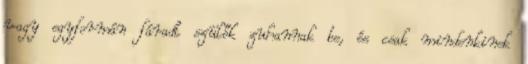
vagy egyformán fáradt szülők zuhannak be, és csak mindenkinek